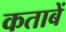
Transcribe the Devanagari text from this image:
कताबें